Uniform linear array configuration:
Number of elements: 12
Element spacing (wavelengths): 0.25
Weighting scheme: blackman
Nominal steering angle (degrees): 30
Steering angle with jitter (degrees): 28.644
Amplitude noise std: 0.05
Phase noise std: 0.05

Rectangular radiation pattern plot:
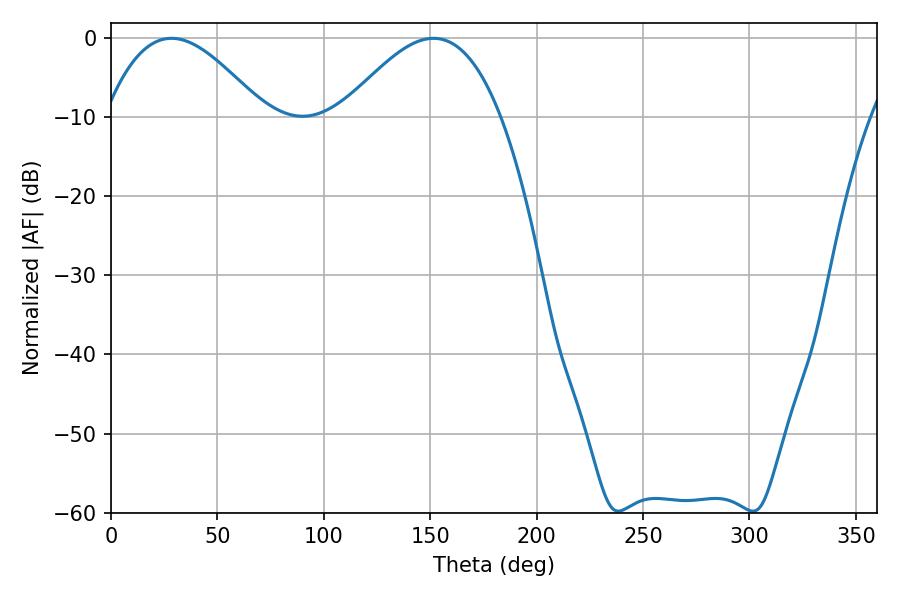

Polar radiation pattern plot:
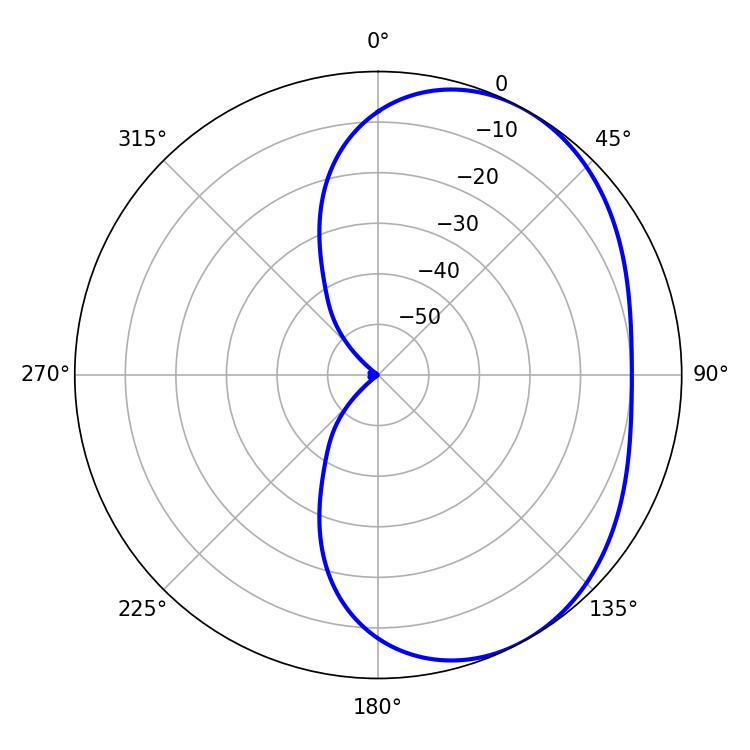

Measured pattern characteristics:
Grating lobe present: FALSE
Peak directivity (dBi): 3.808
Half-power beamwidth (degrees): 40.32
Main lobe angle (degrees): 28.44